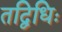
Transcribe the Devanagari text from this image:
तद्विधिः